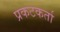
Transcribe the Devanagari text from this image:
प्रकटकर्ता